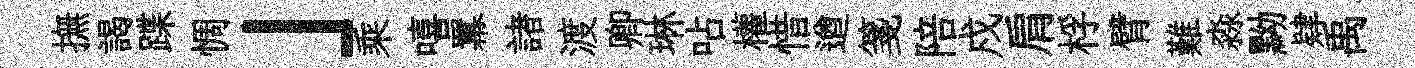
撫謁蹀惆」乘嘻羃諸渡卿琳呫權惜遒箋陪戍肩桴臂難淼黝肄禹